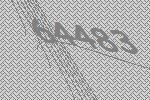
64483